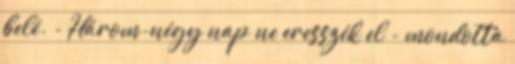
belé. - Három-négy nap ne eresszék el - mondotta